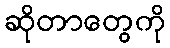
ဆိုတာတွေကို